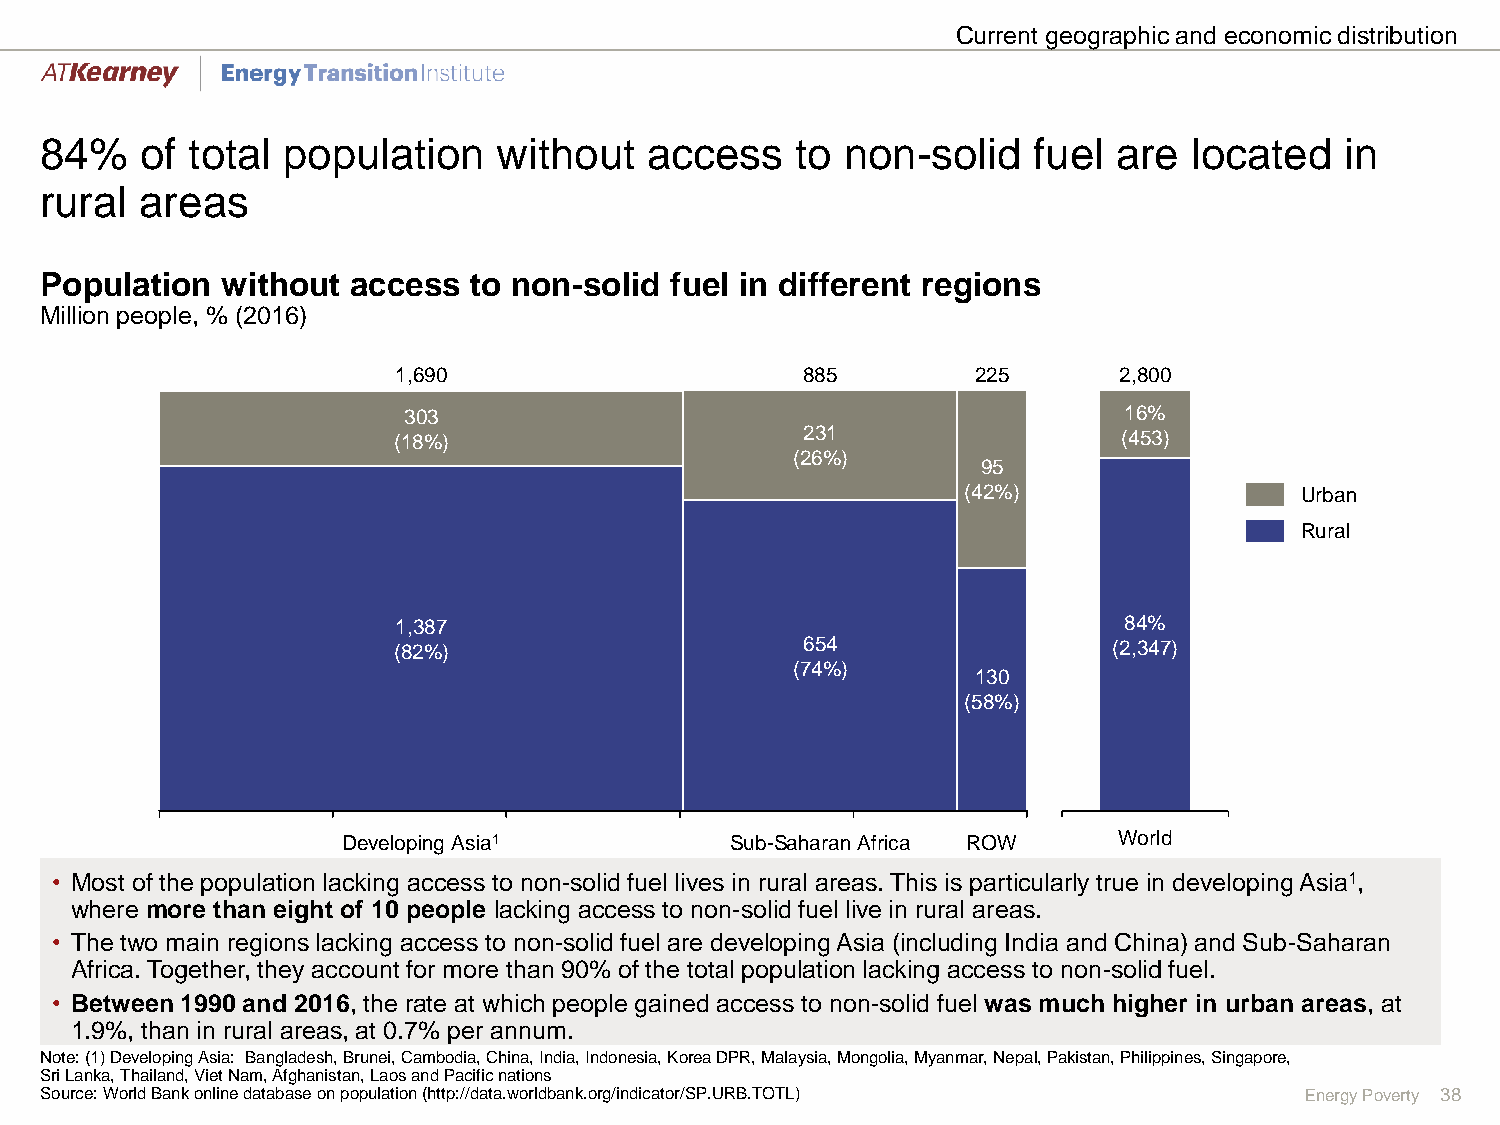
Current geographic and economic distribution
 84%   of total  population    without   access    to non-solid   fuel  are  located   in
 rural areas
 Population  without access  to non-solid fuel in different regions
 Million people, % (2016)
 1,690                      885         225      2,800
 303                                            16%
 (18%)                      231                  (453)
 (26%)
 95
 (42%)                 Urban
 Rural
 1,387                                           84%
 (82%)                      654                  (2,347)
 (74%)
 130
 (58%)
 Developing Asia1         Sub-Saharan Africa ROW    World
 • Most of the population lacking access to non-solid fuel lives in rural areas. This is particularly true in developing Asia1,
 where more than eight of 10 people lacking access to non-solid fuel live in rural areas.
 • The two main regions lacking access to non-solid fuel are developing Asia (including India and China) and Sub-Saharan
 Africa. Together, they account for more than 90% of the total population lacking access to non-solid fuel.
 • Between 1990 and 2016, the rate at which people gained access to non-solid fuel was much higher in urban areas, at
 1.9%, than in rural areas, at 0.7% per annum.
 Note: (1) Developing Asia: Bangladesh, Brunei, Cambodia, China, India, Indonesia, Korea DPR, Malaysia, Mongolia, Myanmar, Nepal, Pakistan, Philippines, Singapore,
 Sri Lanka, Thailand, Viet Nam, Afghanistan, Laos and Pacific nations
 Source: World Bank online database on population (http://data.worldbank.org/indicator/SP.URB.TOTL) Energy Poverty 38